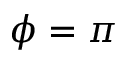
\phi = \pi